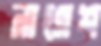
নাগেশ